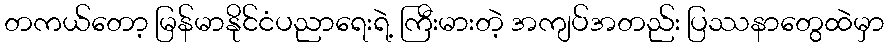
တကယ်တော့ မြန်မာနိုင်ငံပညာရေးရဲ့ ကြီးမားတဲ့ အကျပ်အတည်း ပြဿနာတွေထဲမှာ